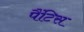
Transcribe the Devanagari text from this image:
पैंटिस